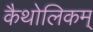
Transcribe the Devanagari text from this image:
कैथोलिकम्